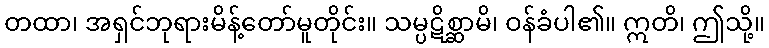
တထာ၊ အရှင်ဘုရားမိန့်တော်မူတိုင်း။ သမ္ပဋိစ္ဆာမိ၊ ဝန်ခံပါ၏။ ဣတိ၊ ဤသို့။